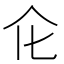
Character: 𠆪